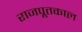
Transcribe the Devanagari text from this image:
राजपूतकाल